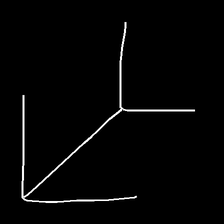
Glyph: gather